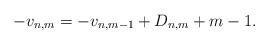
LaTeX: \begin{align*}-v_{n,m} = -v_{n,m-1} + D_{n,m} + m - 1.\end{align*}